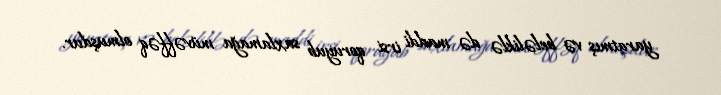
yaratmış və beləliklə də maddi irsi qoruyub saxlamağa müvəffəq olmuşdur.